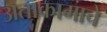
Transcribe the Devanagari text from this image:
अताकामाचे